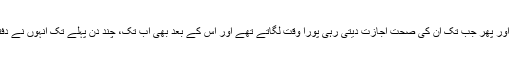
اور بڑی محنت سے کام کرتے رہے اور پھر جب تک ان کی صحت اجازت دیتی رہی پورا وقت لگاتے تھے اور اس کے بعد بھی اب تک، چند دن پہلے تک انہوں نے دفتر میں اپنے پورے کام کو نبھایا ہے۔